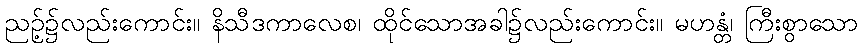
ညဉ့်၌လည်းကောင်း။ နိသီဒကာလေစ၊ ထိုင်သောအခါ၌လည်းကောင်း။ မဟန္တံ၊ ကြီးစွာသော